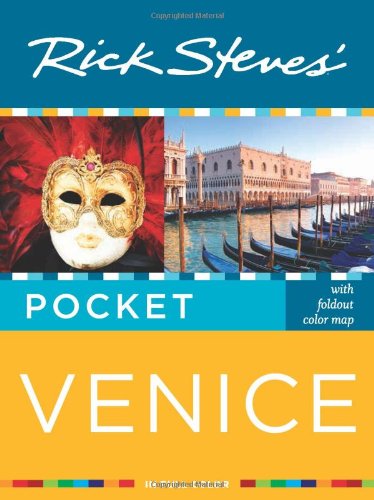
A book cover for Rick Steves' Pocket Venice; Rick Steves; Travel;